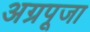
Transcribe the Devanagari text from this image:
अग्रपूजा